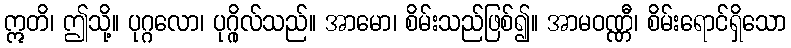
ဣတိ၊ ဤသို့။ ပုဂ္ဂလော၊ ပုဂ္ဂိုလ်သည်။ အာမော၊ စိမ်းသည်ဖြစ်၍။ အာမဝဏ္ဏီ၊ စိမ်းရောင်ရှိသော